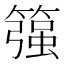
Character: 𱸨